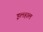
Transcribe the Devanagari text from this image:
इलहाल